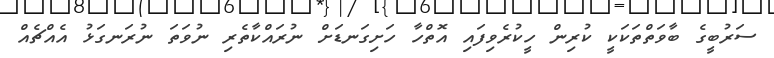
ސަރުބީގެ ބާވަތްތަކަކީ ކުރިން ހީކުރެވިފައި އޮތްހާ ހަށިގަނޑަށް ނުރައްކާތެރި ނުވަތަ ނުރަނގަޅު އެއްޗެއް